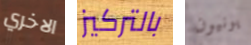
الاخري بالتركيز يونيون